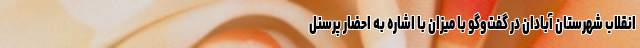
انقلاب شهرستان آبادان در گفت‌وگو با میزان با اشاره به احضار پرسنل